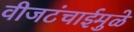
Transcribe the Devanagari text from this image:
वीजटंचाईमुळे